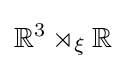
\mathbb {R} ^{3}\rtimes _{\xi }\mathbb {R}